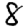
Digit: 8